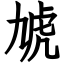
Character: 虓